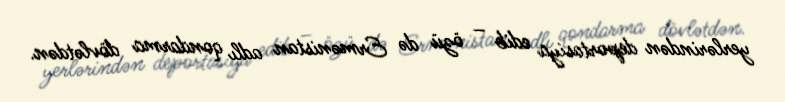
yerlərindən deportasiya edib – özü də Ermənistan adlı qondarma dövlətdən.